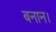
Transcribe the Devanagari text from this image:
बनान।